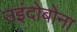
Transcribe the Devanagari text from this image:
उइंदोबोना